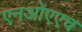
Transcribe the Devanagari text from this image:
एनओएएच